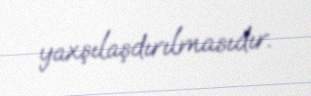
yaxşılaşdırılmasıdır.